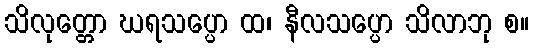
သိလုတ္တော ဃရသပ္ပော ထ၊ နီလသပ္ပော သိလာဘု စ။